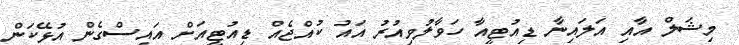
މިޝަލް އާއި އަލައިނާ ޑިއުޓީއާ ހަވާލުވިއުރު އައު ކުއްޖެއް ޑިއުޓީއަށް އައިސްގެން އުޅޭކަން